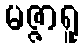
မဇ္ဇာရူ